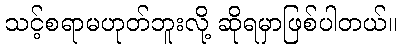
သင့်စရာမဟုတ်ဘူးလို့ ဆိုရမှာဖြစ်ပါတယ်။